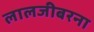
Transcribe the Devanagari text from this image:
लालजीबरना